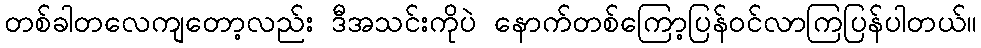
တစ်ခါတလေကျတော့လည်း ဒီအသင်းကိုပဲ နောက်တစ်ကြော့ပြန်ဝင်လာကြပြန်ပါတယ်။